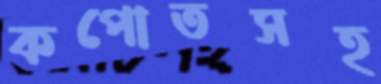
কপোতসহ